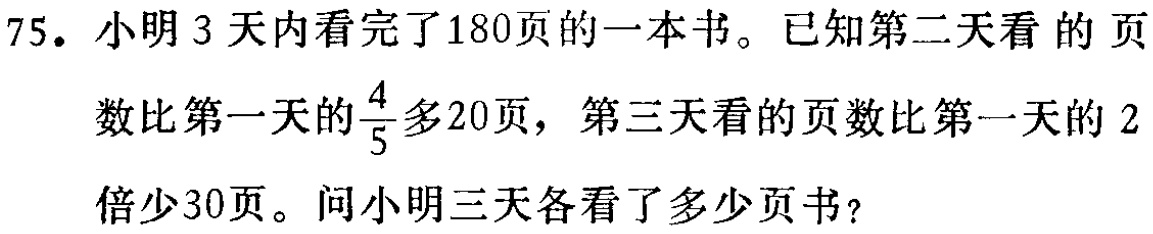
75. 小明3天内看完了180页的一本书。已知第二天看的页数比第一天的$\frac{4}{5}$多20页，第三天看的页数比第一天的2倍少30页。问小明三天各看了多少页书？